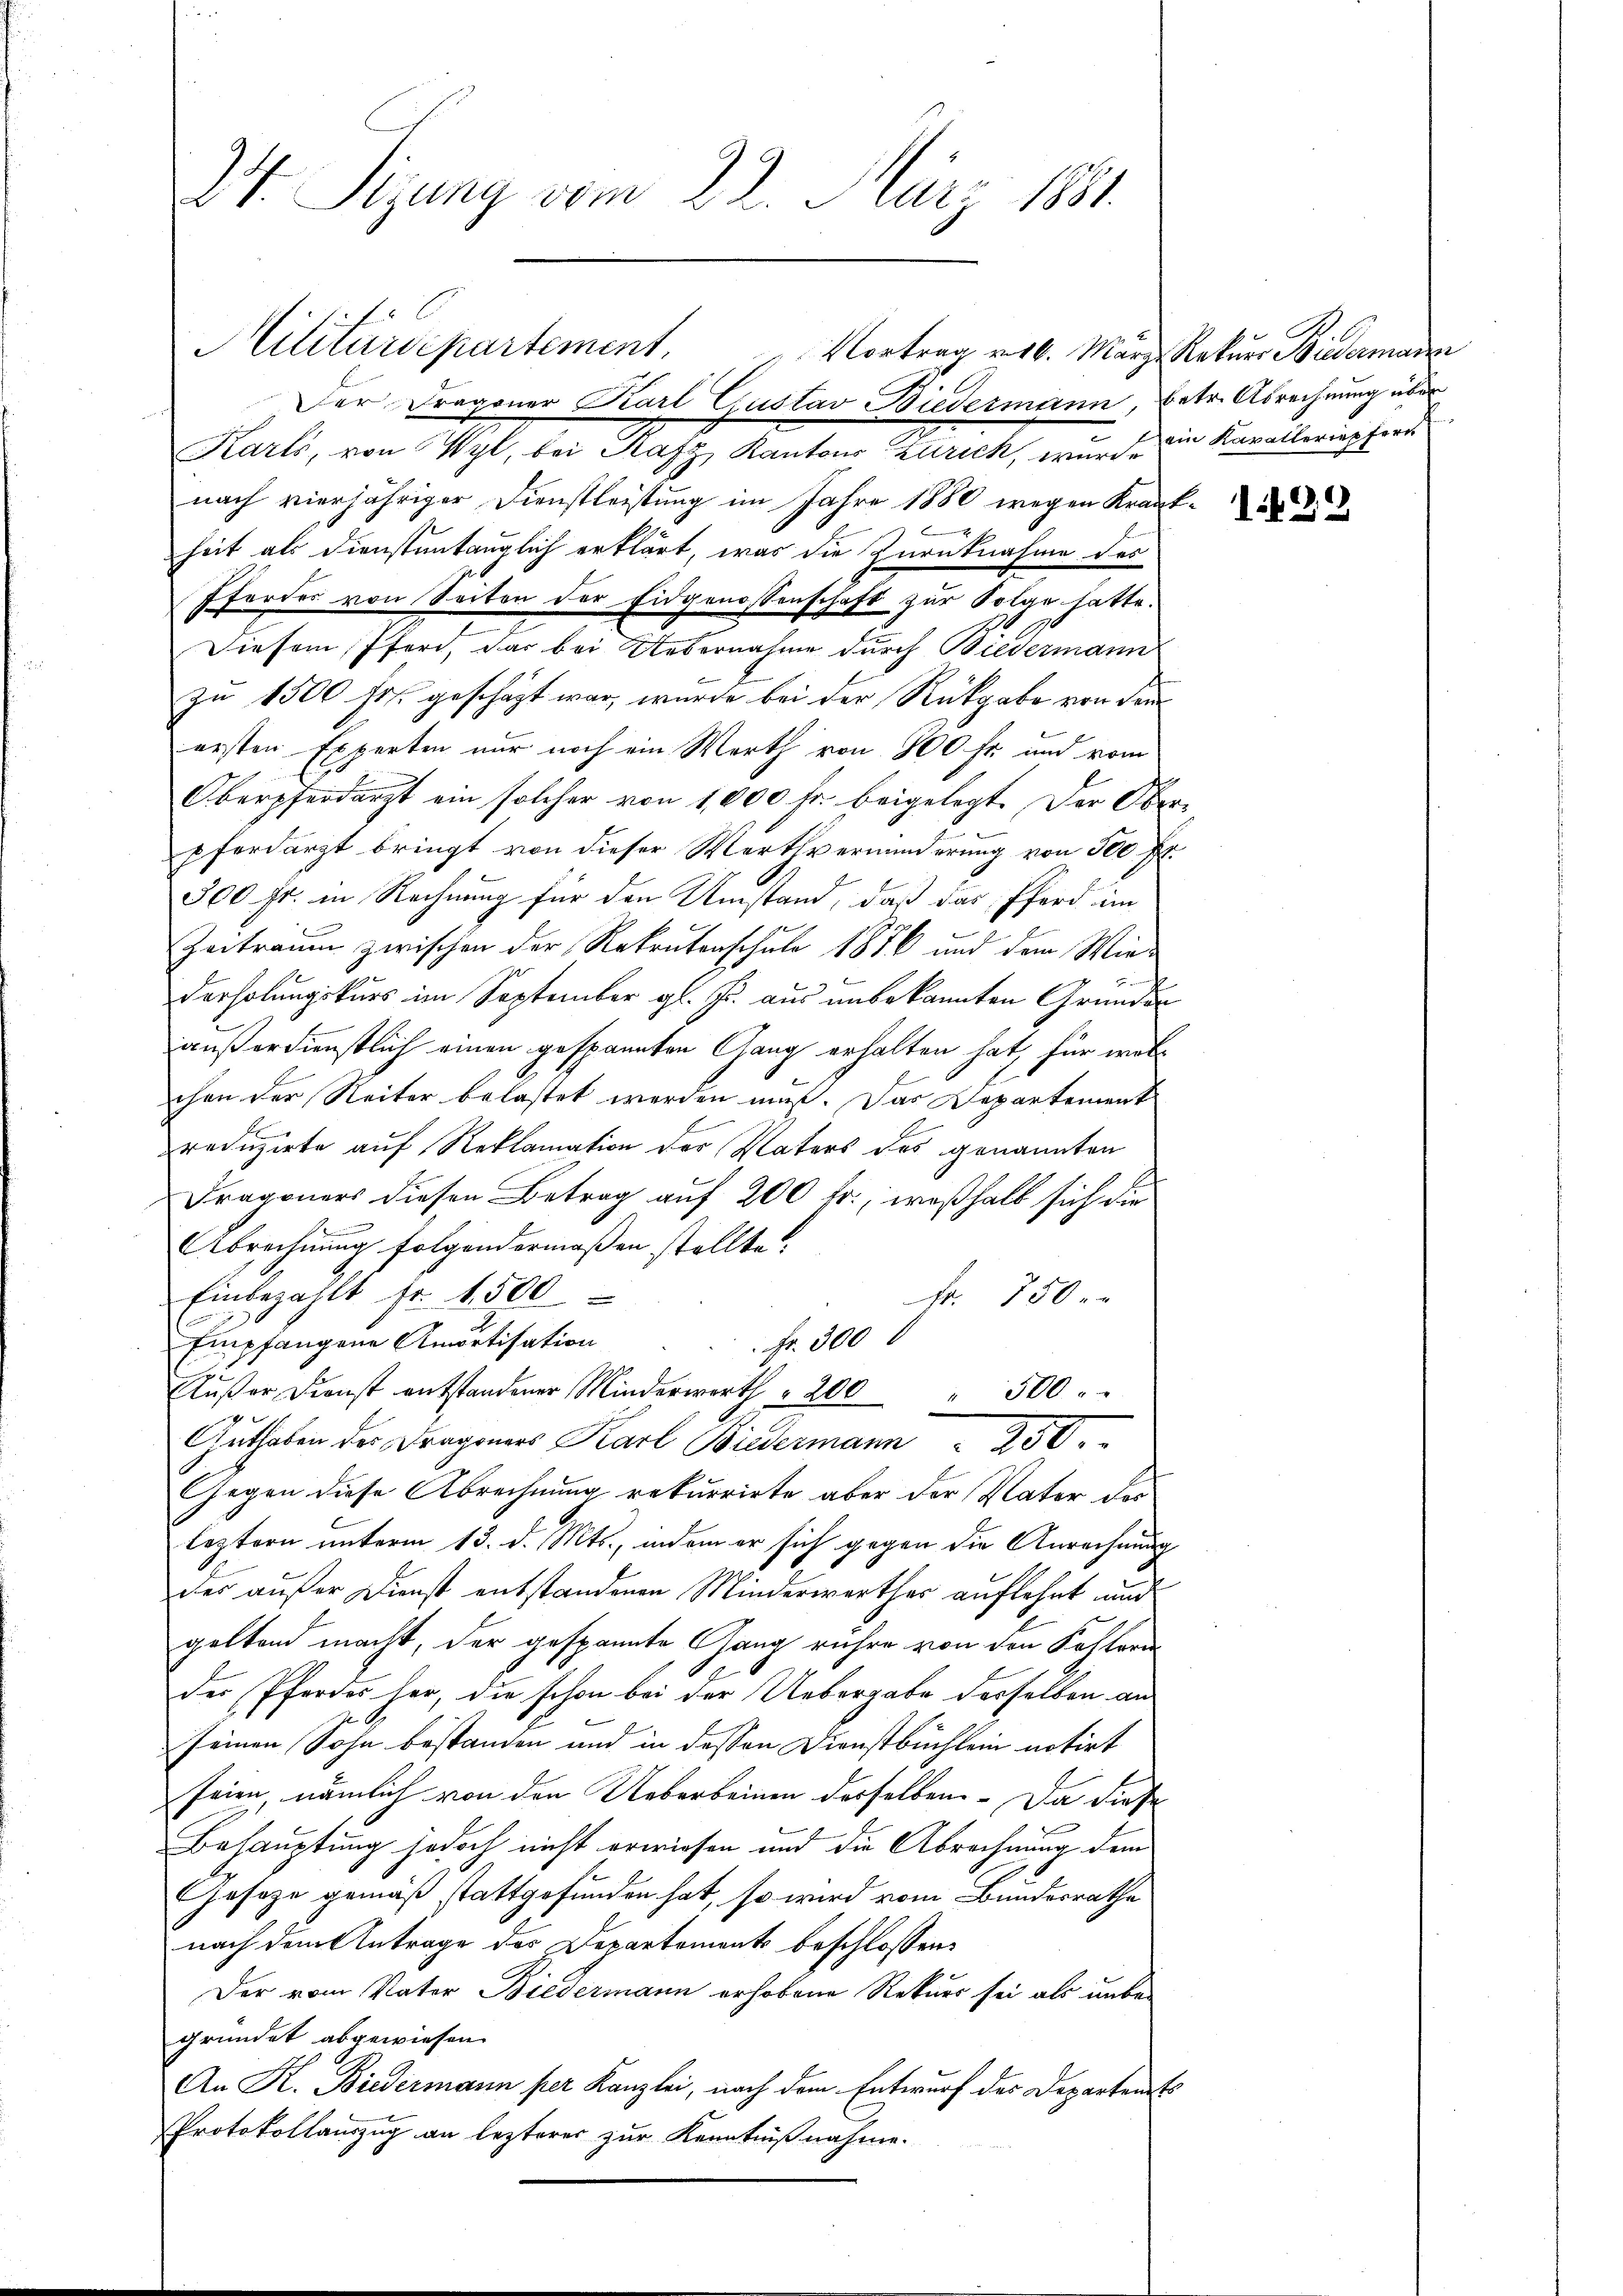
dt. Sizung vom 22. März 1881.

Militärdepartement. Vortrag v. 16. März Rekurs Biedermann
Der Dragoner Karl Gustav Biedermann, betr. Abrechnung über

Karls, von Wyl, bei Rafz, Kantons Zürich, wurde die Kavalleriepferd
nach vierjähriger Dienstleistung im Jahre 1880 wegen Krankheit als dienstantauglich erklärt, was die Zurücknahme des
Pforder von Seiten der Eidgenossenschaft zur Folge hatte.
.
Diesem Pferd, das bei Uebernahme durch Biedermann
zu 1500 frs. geschäzt war, wurde bei der Rückgabe von dem
ersten Experten nur noch ein Werth von 800 fr. und vom
Oberpferdarzt ein solcher von 1,000 Fr. beigelegt. Der Ober-
pferdarzt bringt von dieser Wertverminderung von 500 Fr.
300 Fr. in Rechnung für den Umstand, daß das Pferd im
Zeitraum zwischen der Rekrutenschule 1856 und der Wiederholungskurs im September gl. Js. aus unbekannten Gründen
außerdienstlich einen gespannten Gang erhalten hat, für welchen der Reiter belastet werden muß. Das Departement
reduzirte auf Reklamation der Vaters des genannten
Frageners diesen Betrag auf 200 fr., weßhalb sich die
Abrechnung folgendermaßen stellte?
Einbezahlt fr. 1500
Fr. 750.
Empfangene Amortisation
Fr. 300
Außer Dienst entstandener Minderwerth " 200 " 300
e
Guthaben des Frageners Karl Biedermann 250.
Gegen diese Abrechnung rekurrirte aber der Vater des
leztern unterm 13. d. Mts., indem er sich gegen die Anrechnung
des außer Dienst entstandenen Minderwerther auflehnt nun
gelten macht, der gespannte Gang rühre von den Kohlern
des Pferdes her, die schon bei der Uebergabe desselben an
seinen Sohn bestanden und in dessen Dienstbüchlein notirt
feien nämlich von den Ueberbeinen derselben. Da diese
Behauptung jedoch nicht erwiesen und die Abrechnung dem
Gesage gemäß stattgefunden hat, so wird vom Bundesrathe
nach dem Antrage des Departements beschlossen:
Der vom Vater Biedermann erhobene Rekurs sei als unbe-
gründet abgewiesen.
An K. Biedermann per Kanzlei, nach dem Entwurf der Departen Es
Protokollauszug an lezterer zur Kenntnißnahme.

1429